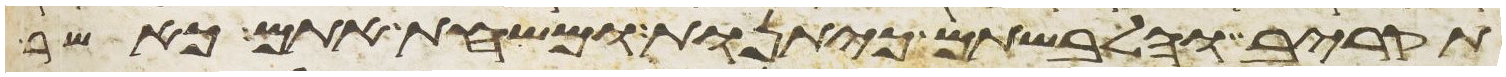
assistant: תקריב והלבשתם כיתנות ומשחת אתם כאשר